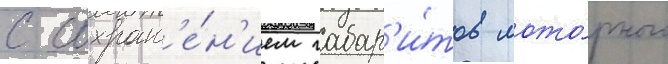
с сохран'е́н'ием габар'и́тов мото́рного